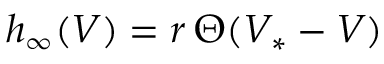
h _ { \infty } ( V ) = r \, \Theta ( V _ { * } - V )